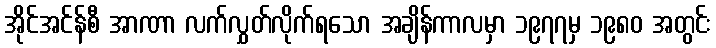
အိုင်အင်န်စီ အာဏာ လက်လွှတ်လိုက်ရသော အချိန်ကာလမှာ ၁၉၇၇မှ ၁၉၈၀ အတွင်း